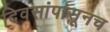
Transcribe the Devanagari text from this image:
दिवसांपासूनच